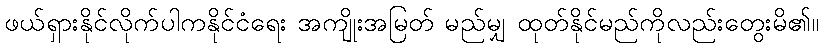
ဖယ်ရှားနိုင်လိုက်ပါကနိုင်ငံရေး အကျိုးအမြတ် မည်မျှ ထုတ်နိုင်မည်ကိုလည်းတွေးမိ၏။